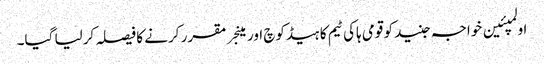
اولمپئین خواجہ جنید کو قومی ہاکی ٹیم کا ہیڈکوچ اور مینجر مقرر کرنے کا فیصلہ کرلیا گیا۔